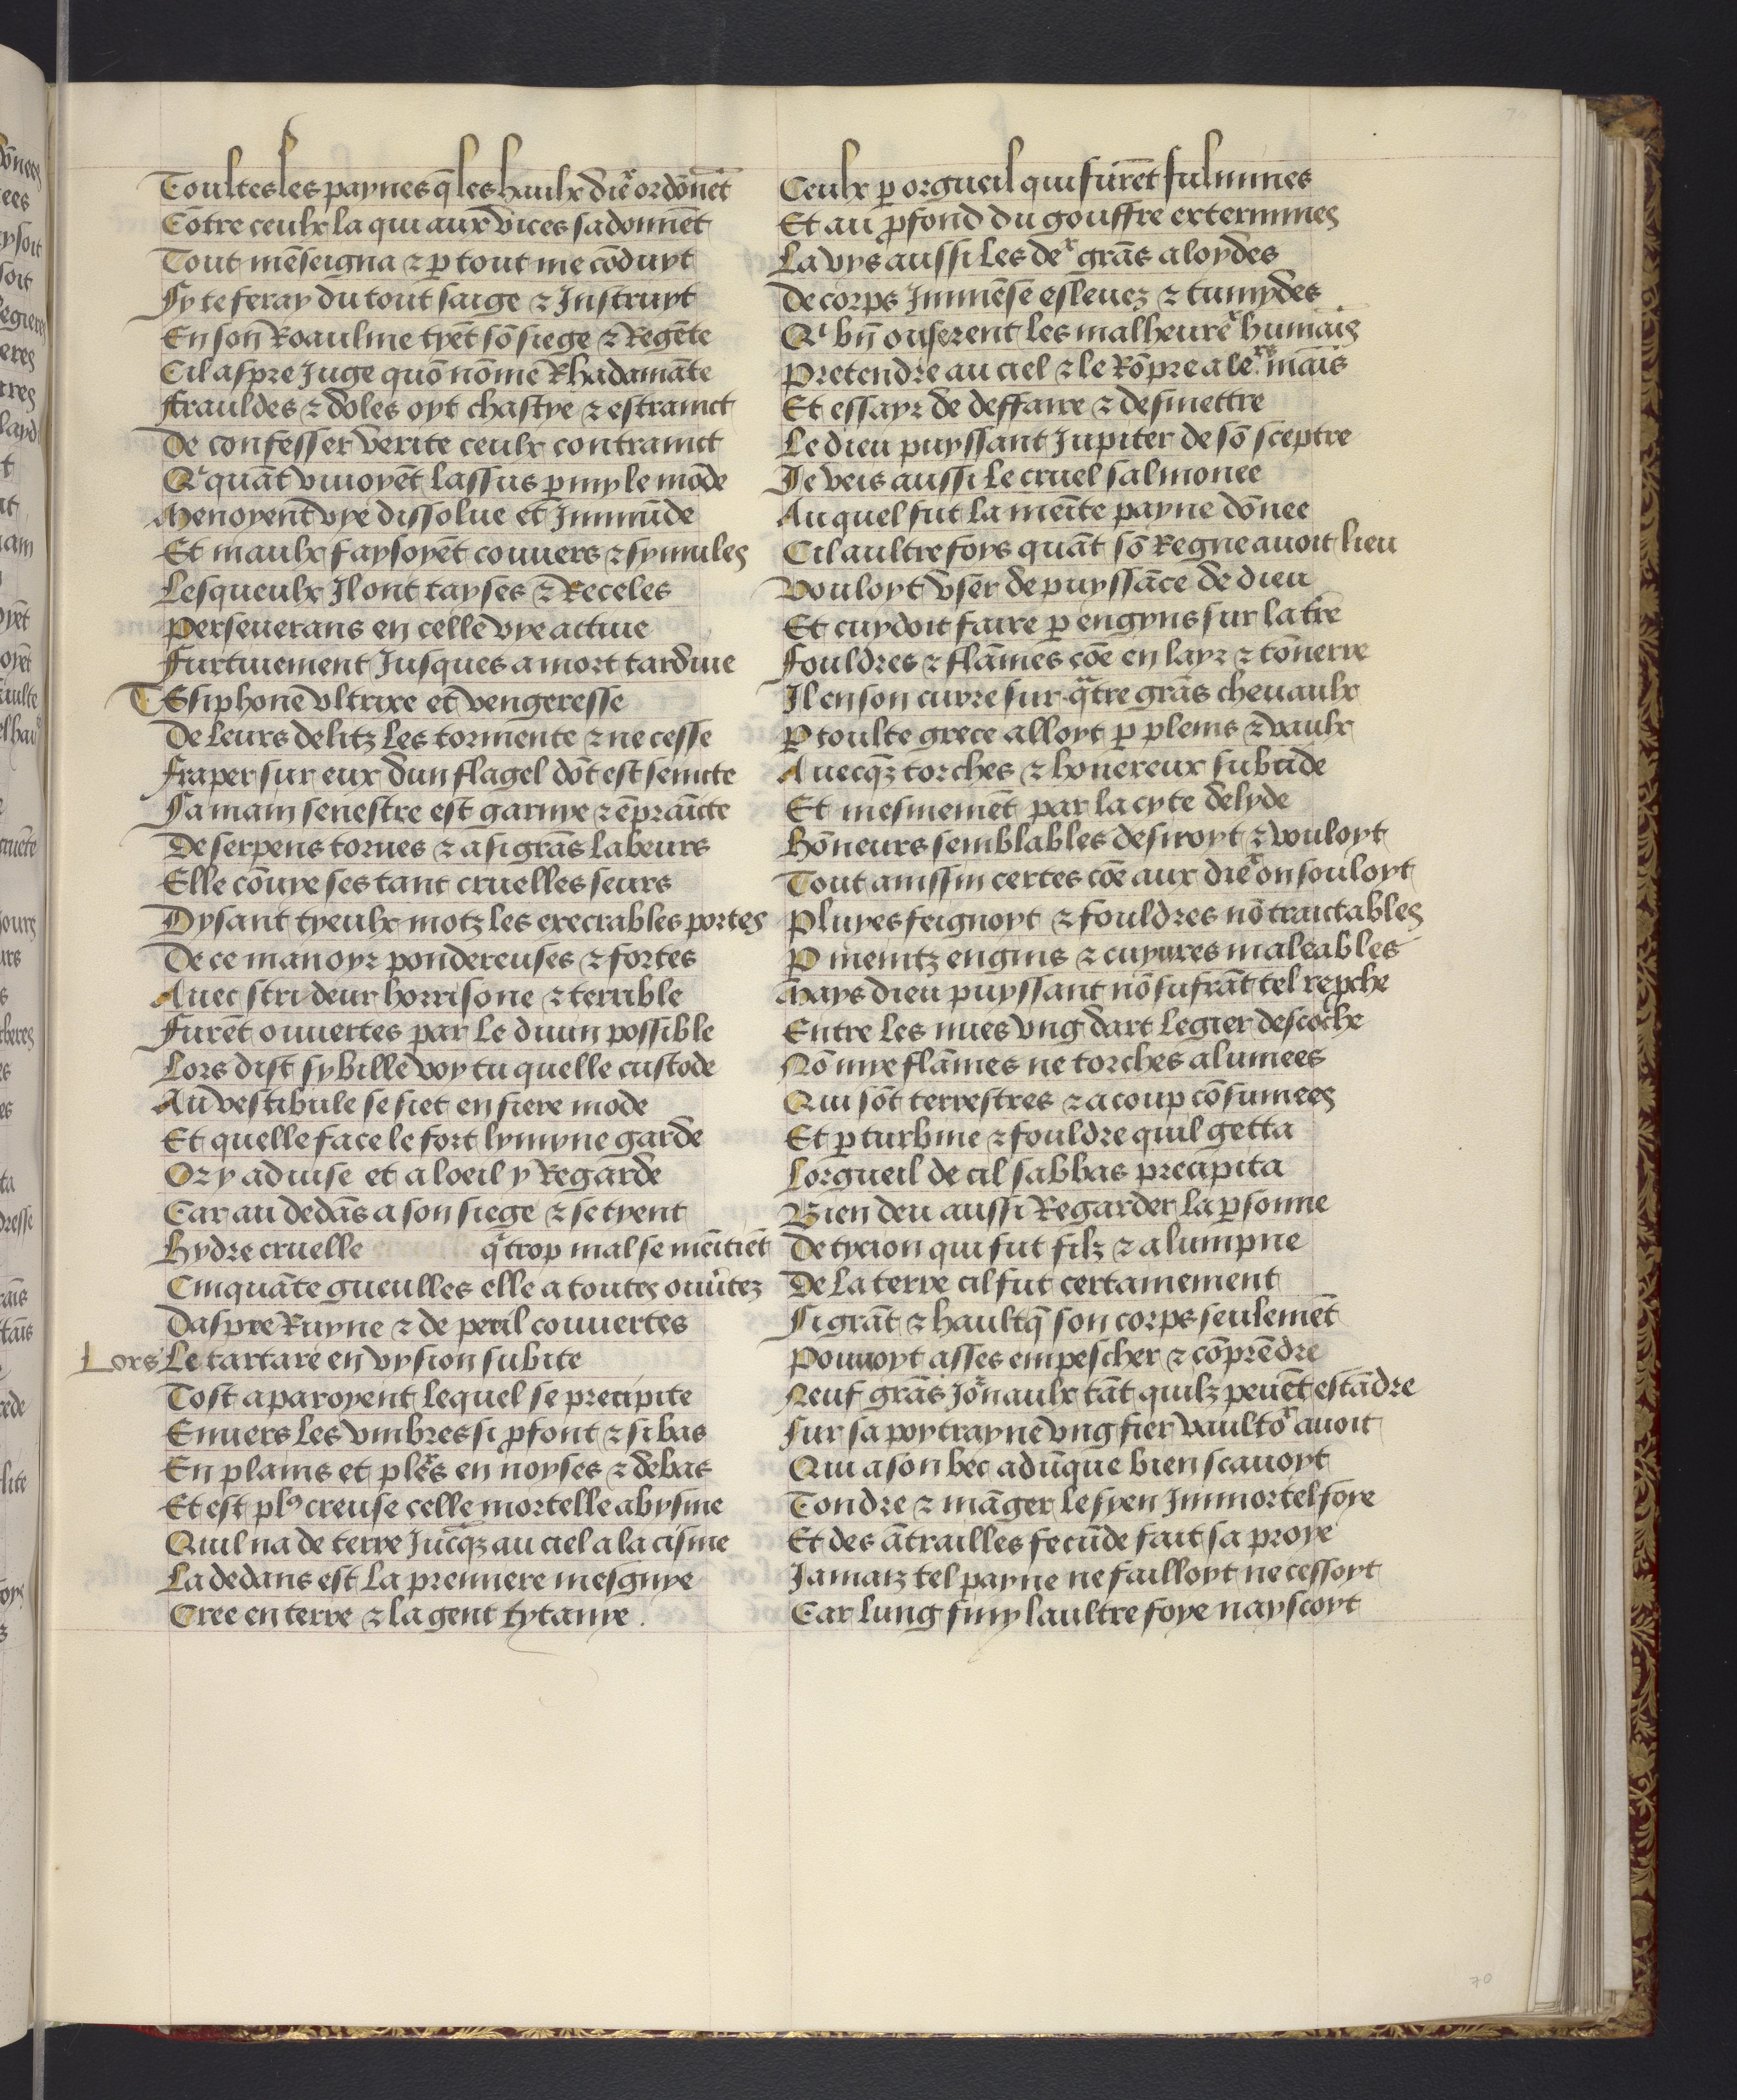
Shelfmark: Philadelphia, University of Pennsylvania, codex 909
Century: 15